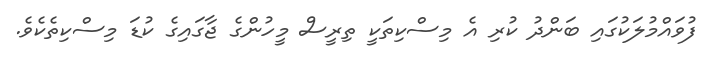
ފުވައްމުލަކުގައި ބަންދު ކުރި އެ މިސްކިތަކީ ތިރީސް މީހުންގެ ޖާގައިގެ ކުޑަ މިސްކިތެކެވެ.